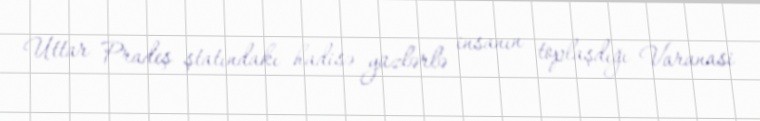
Uttar Pradeş ştatındakı hadisə yüzlərlə insanın toplaşdığı Varanasi